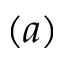
( a )